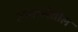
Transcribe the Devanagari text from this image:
ज्यालादेखील